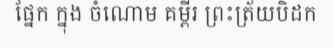
ផ្នែក ក្នុង ចំណោម គម្ពីរ ព្រះត្រ័យបិដក